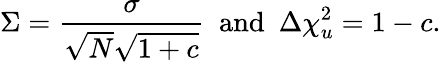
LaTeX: \Sigma=\frac{\sigma}{\sqrt{N}\sqrt{1+c}}\mathrm{~~and~~}\Delta{\chi_{u}^{2}}=1-c.